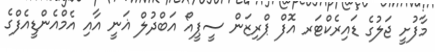
މާފުށީ ޖަލުގެ ޑައިރެކްޓަރ އޮފް ޕްރިޒަން ސީޕީއޯ އަބްދުލް ޣަނީ އާއި އެމްއެންޑީއެފްގެ